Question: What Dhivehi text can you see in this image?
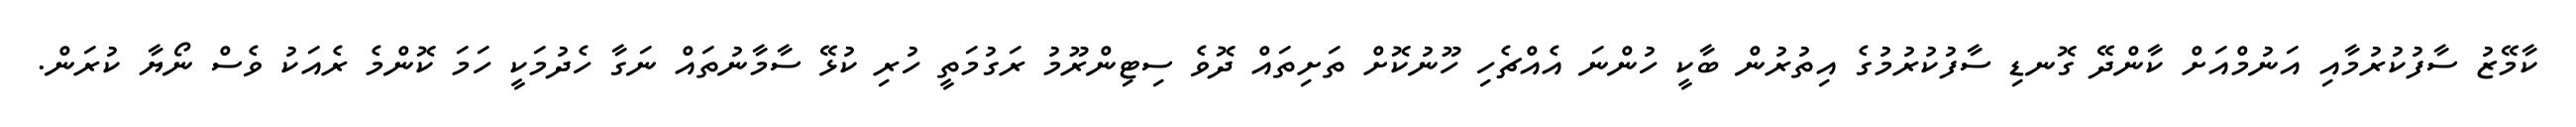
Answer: ކާމޭޒު ސާފުކުރުމާއި އަނުމްއަށް ކާންދޭ ގޮނޑި ސާފުކުރުމުގެ އިތުރުން ބާކީ ހުންނަ އެއްޗެހި ހޫނުކޮށް ތަށިތައް ދޮވެ ސިޓިންރޫމު ރަގުމަތީ ހުރި ކުޅޭ ސާމާނުތައް ނަގާ ހެދުމަކީ ހަމަ ކޮންމެ ރެއަކު ވެސް ނޯޔާ ކުރަން.